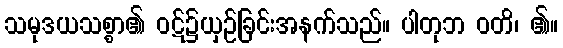
သမုဒယသစ္စာ၏ ဝဋ်၌ယှဉ်ခြင်းအနက်သည်။ ပါတုဘ ဝတိ၊ ၏။